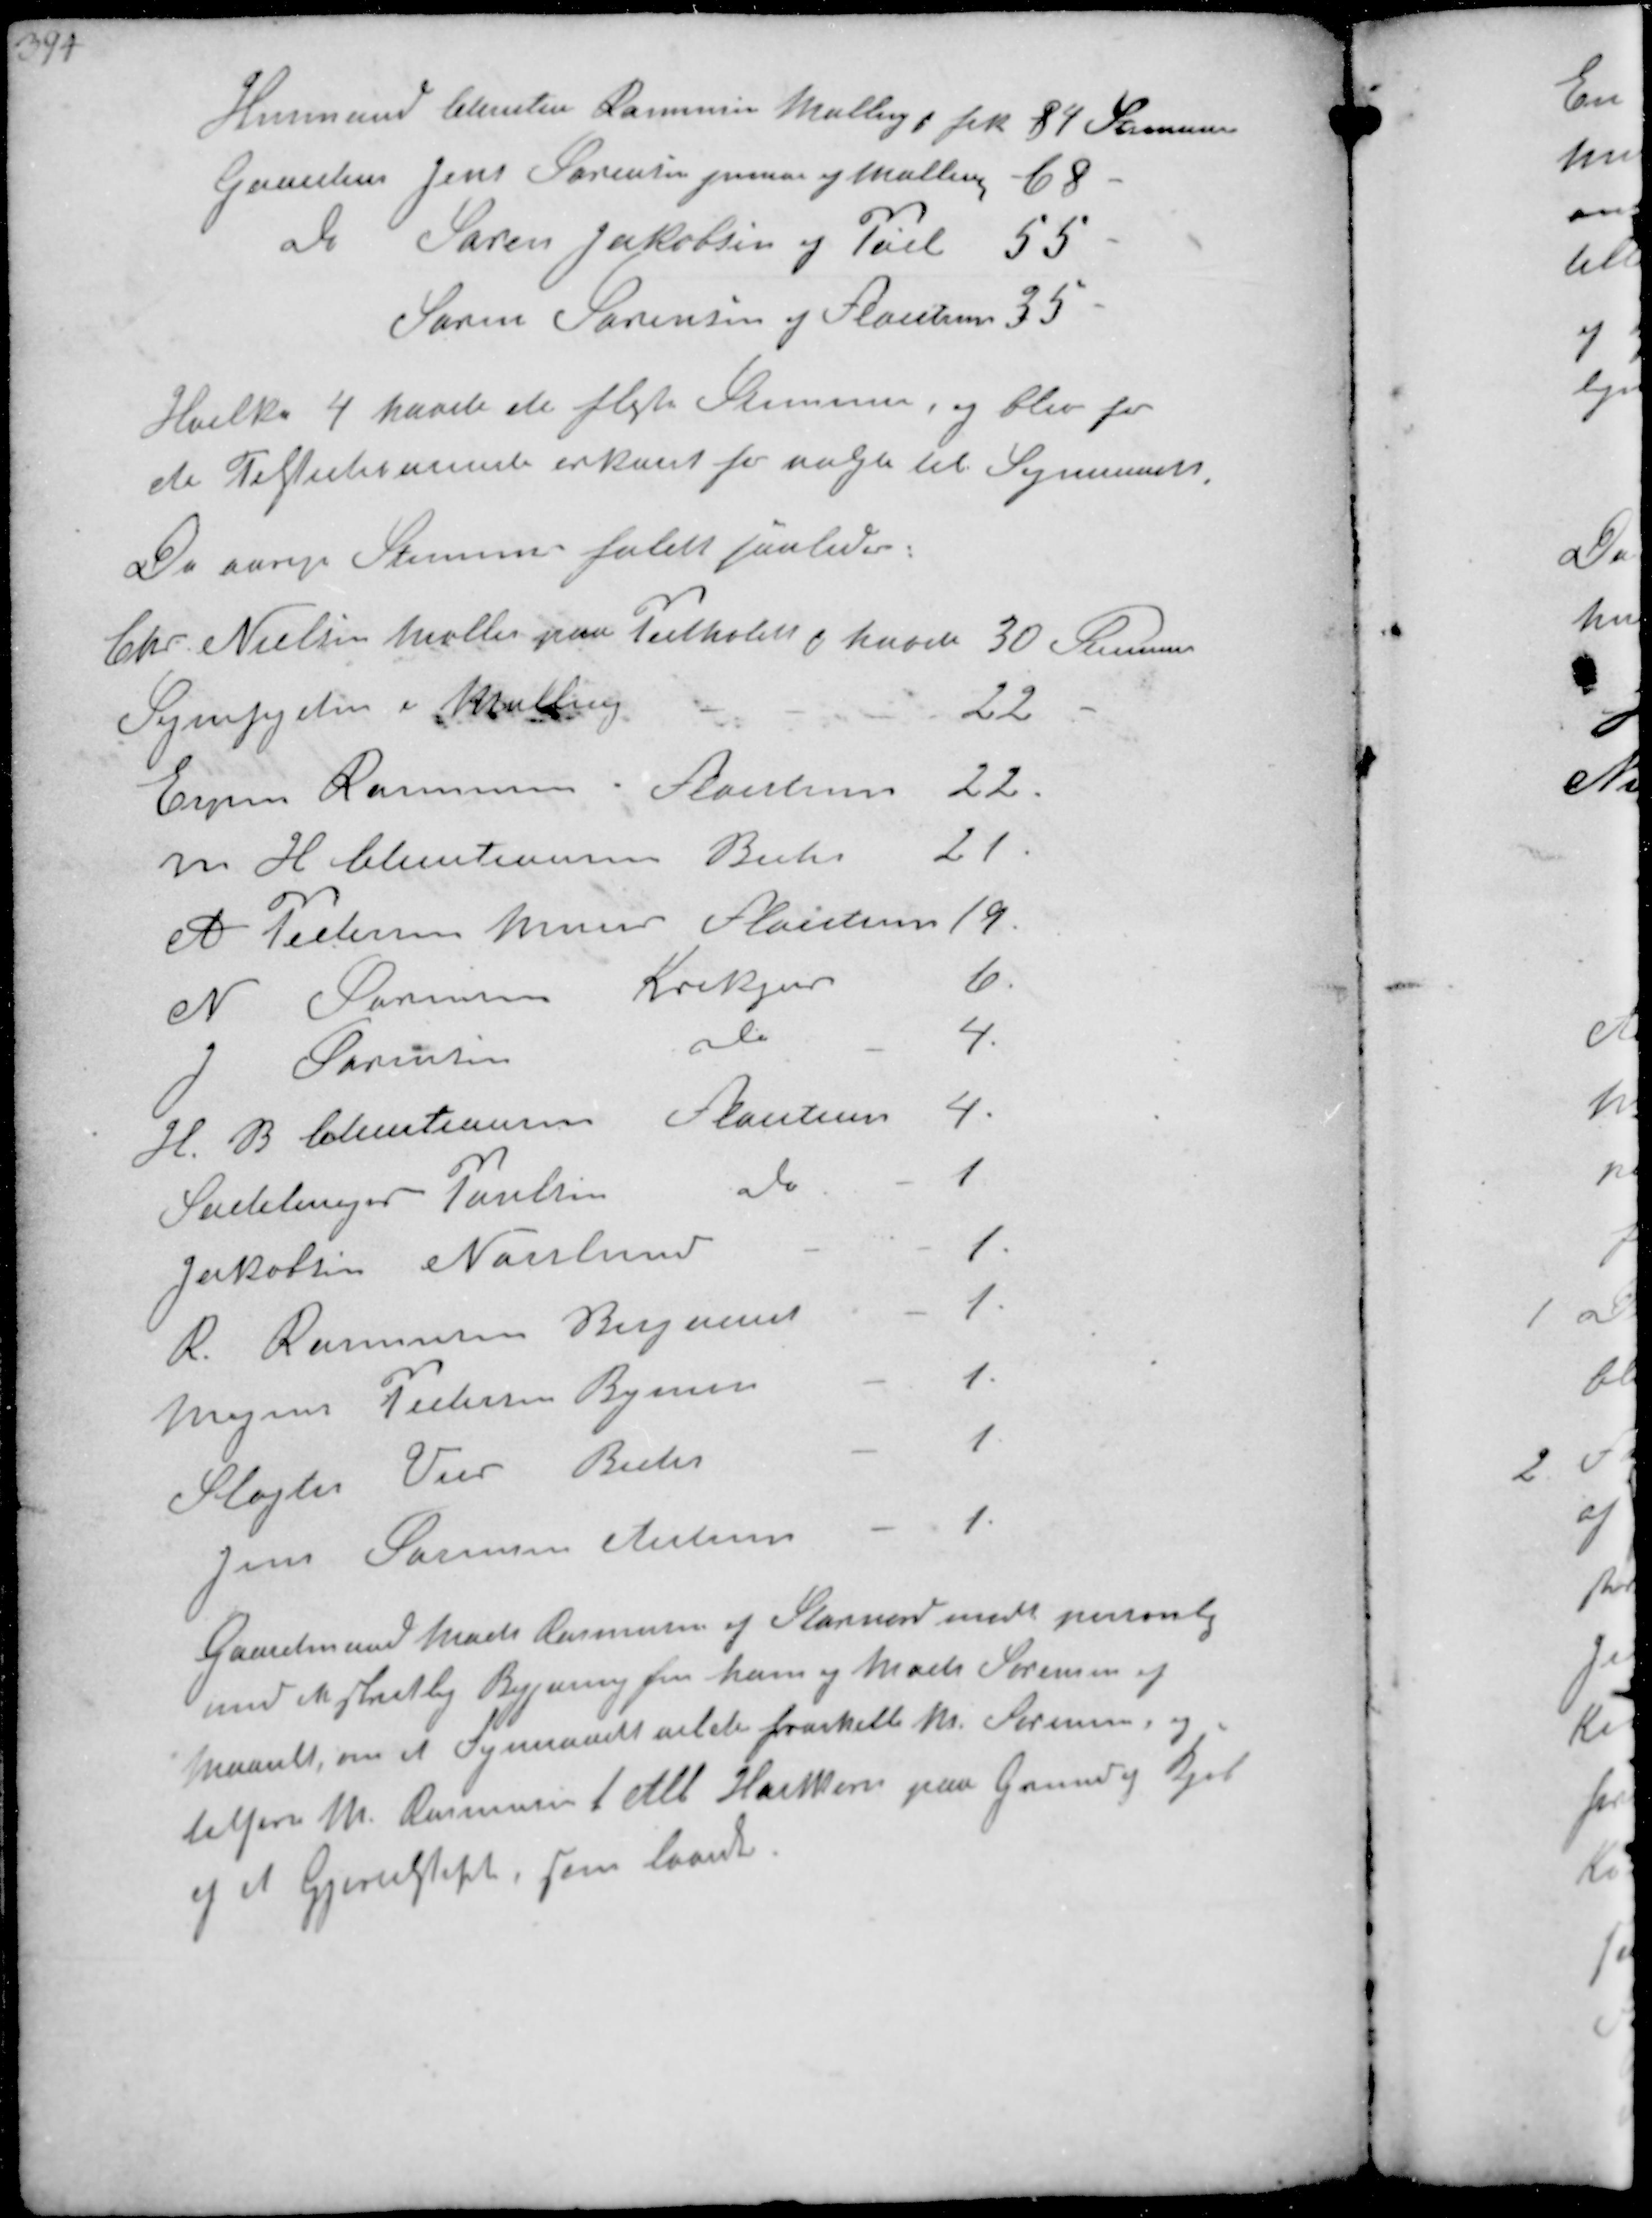
Transskription:
Husmand Christen Rasmussen Malling ₻ fik
84 Stemmer
Gaarejer Jens Sørensen junior af Malling
68
Do Søren Jacobsen af Pøel
55
Søren Sørensen af Fløjstrup
35
Hvilke 4 havde de fleste Stemme, og blev for
de Tilstedeværende erklæret for valgte til Sogneraadet
De øvrige Stemmer faldt saaledes:

Chr. Nielsen Møller paa Pedholdt ₻ havde
30 Stemmer
Sognefogden i Malling
22
Espen Rasmussen i Fløjstrup
22
M H Christiansen Beder
21
A Pedersen Murer Fløjstrup
19
N Sørensen Krekjær
6
J Sørensen
Do
4.
H. B Christiansen Fløjstrup
4.
Sadelmager Paulsen Do
1
Jakobsen Norslund
1
R. Rasmussen Bisgaard
1.
Mogens Pedersen Bymosen
1.
Slagter Weis Beder
1
Jens Sørensen Ajstrup
1.
Gaardmand Mads Rasmussen af Stornord mødt personlig
med en skriftlig Begjæring fra ham og Mads Sørensen af
, om at Sogneraadet vilde fraskille M Sørensen og
tilføre M. Rasmussen 1  Hartkorn paa Grund af kjøb
af et Gjernstykke han laante